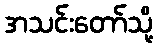
အသင်းတော်သို့